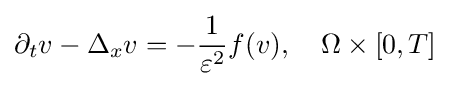
\partial _{t}v-\Delta _{x}v=-{\frac {1}{\varepsilon ^{2}}}f(v),\quad \Omega \times [0,T]